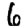
Digit: 6